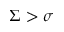
\Sigma > \sigma